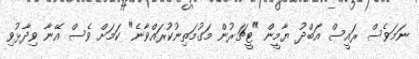
ނަމަވެސް ރައީސް އަބްދު ޔާމީން "ޓީޗަރުން މަގުމަތިނުކުރައްވާނެ" ކަމަށް ވެސް އޭނާ ވިދާޅުވި